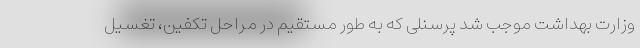
وزارت بهداشت موجب شد پرسنلی که به طور مستقیم در مراحل تکفین، تغسیل